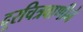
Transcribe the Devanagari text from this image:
दूरचित्रवाणीने